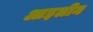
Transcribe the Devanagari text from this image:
आइलीन